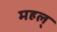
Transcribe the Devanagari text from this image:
महल्